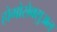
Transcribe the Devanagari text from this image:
होमोसेक्सुअल